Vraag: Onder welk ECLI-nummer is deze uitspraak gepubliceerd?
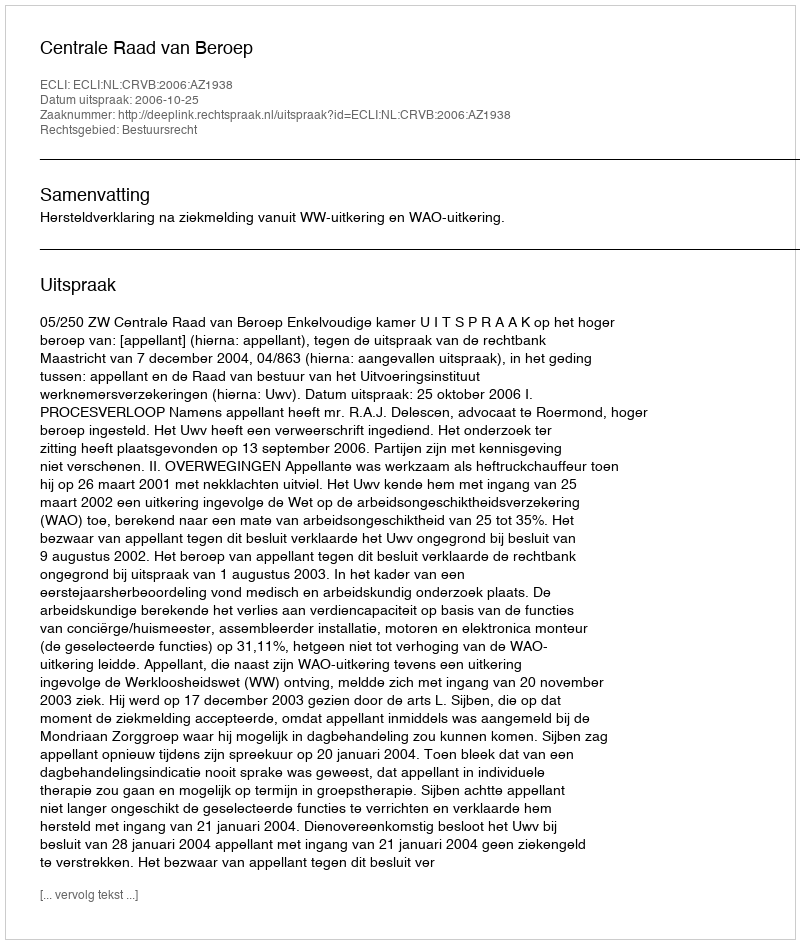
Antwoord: ECLI:NL:CRVB:2006:AZ1938